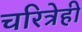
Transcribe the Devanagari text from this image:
चरित्रेही